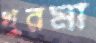
খুরমা